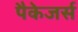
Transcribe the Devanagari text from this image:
पैकेजर्स